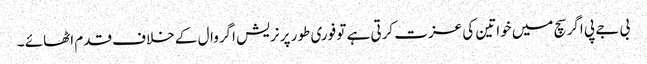
بی جے پی اگر سچ میں خواتین کی عزت کرتی ہے تو فوری طور پر نریش اگروال کے خلاف قدم اٹھائے ۔